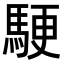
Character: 𬳬